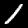
Label: 1